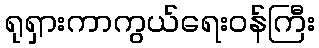
ရုရှားကာကွယ်ရေးဝန်ကြီး